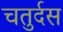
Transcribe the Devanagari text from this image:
चतुर्दस